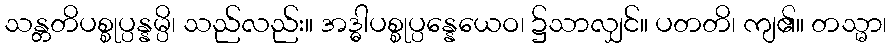
သန္တတိပစ္စုပ္ပန္နမ္ပိ၊ သည်လည်း။ အဒ္ဓါပစ္စုပ္ပန္နေယေဝ၊ ၌သာလျှင်။ ပတတိ၊ ကျ၏။ တသ္မာ၊